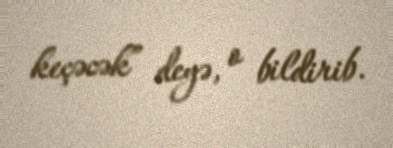
keçəcək” deyə, o bildirib.